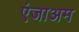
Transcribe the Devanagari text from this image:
एंजाअम